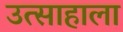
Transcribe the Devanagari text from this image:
उत्साहाला